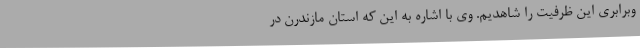
وبرابری این ظرفیت را شاهدیم. وی با اشاره به این که استان مازندرن در